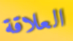
العلاقة